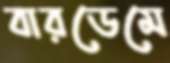
বারডেমে